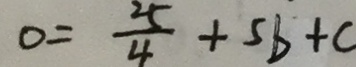
0 = \frac { 2 5 } { 4 } + 5 b + c